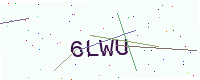
Text: 6LWU